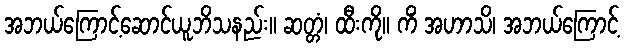
အဘယ်ကြောင့်ဆောင်ယူဘိသနည်း။ ဆတ္တံ၊ ထီးကို။ ကိံ အဟာသိ၊ အဘယ်ကြောင့်